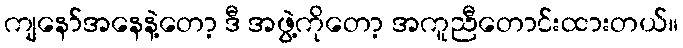
ကျနော်အနေနဲ့တော့ ဒီ အဖွဲ့ကိုတော့ အကူညီတောင်းထားတယ်။